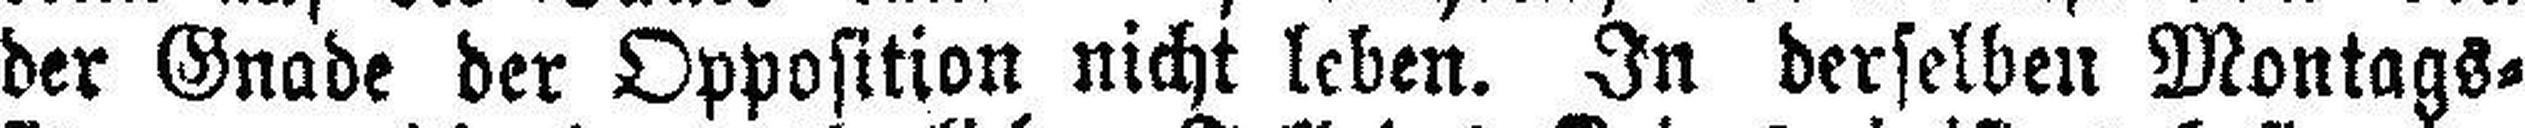
der Gnade der Opposition nicht leben. In derselben Montags¬